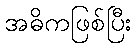
အဓိကဖြစ်ပြီး